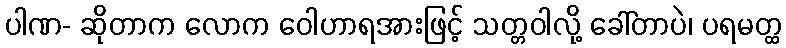
ပါဏ- ဆိုတာက လောက ဝေါဟာရအားဖြင့် သတ္တဝါလို့ ခေါ်တာပဲ၊ ပရမတ္ထ